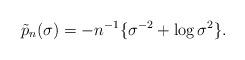
LaTeX: \begin{align*}\tilde p_n(\sigma) = - n^{-1} \{ \sigma^{-2} + \log \sigma^2\}.\end{align*}